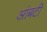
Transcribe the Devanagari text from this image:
आंबटी